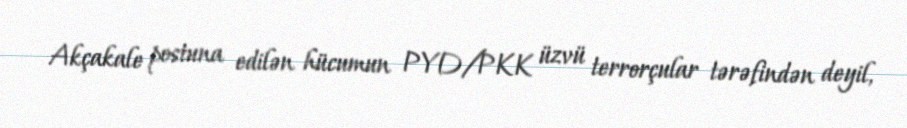
Akçakale postuna edilən hücumun PYD/PKK üzvü terrorçular tərəfindən deyil,